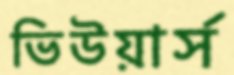
ভিউয়ার্স